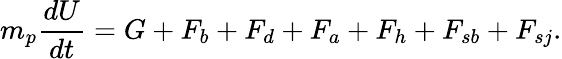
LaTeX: m_{p}\frac{dU}{dt}=G+F_{b}+F_{d}+F_{a}+F_{h}+F_{sb}+F_{sj}.